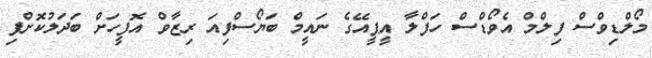
މޯލްޑިވްސް ފިލްމް އެވޯޑްސް ހަފްލާ އީޕީއޭގެ ނައީމް ބަޔޯސްފިއަ ރިޒާވް އޮފީހަށް ބަދަލުކޮށްފި